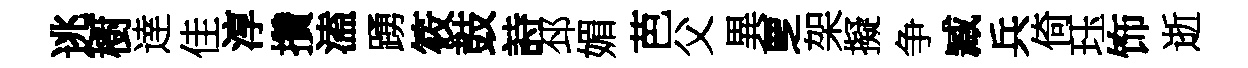
逃樹逹佳淳攢溘踴筱鼓詩邳媚芭父異覂架擬争臧兵倚珏饰逝